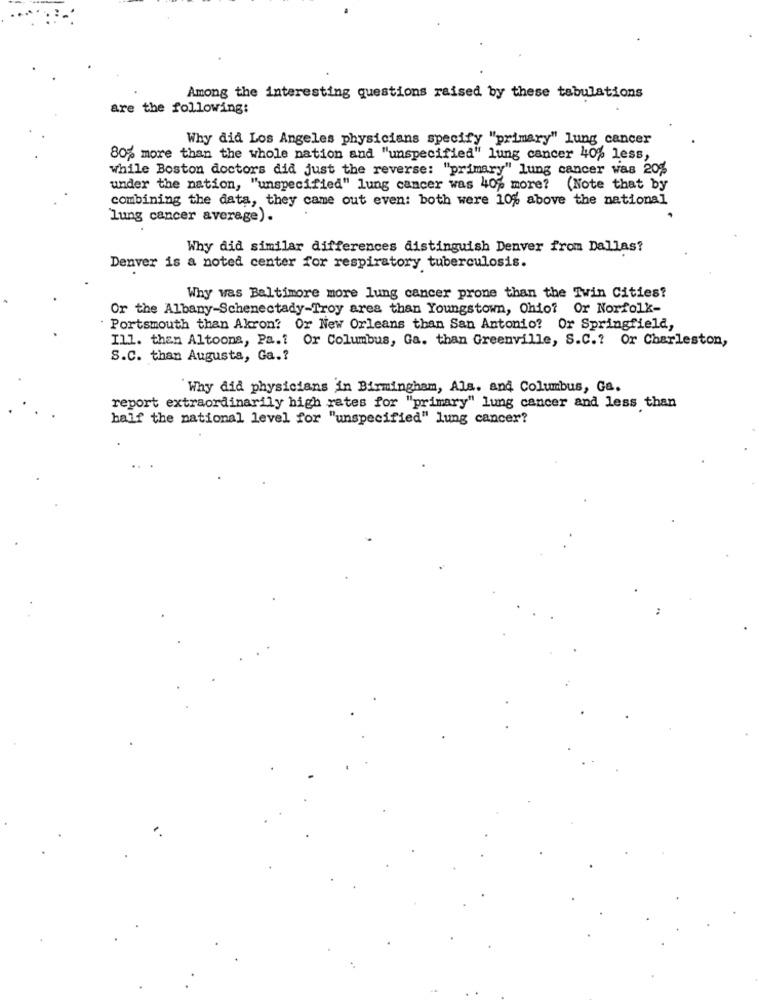
Among the interesting questions raised by these tabulations
are the following:
Why did Los Angeles physicians specify "primary" lung cancer
80% more than the whole nation and "unspecified" lung cancer 40% less,
while Boston doctors did just the reverse: "primary" lung cancer was 20%
under the nation, "unspecified" lung cancer was 40% more? (Note that by
combining the data, they came out even: both were 10% above the national
lung cancer average).
Why did similar differences distinguish Denver from Dallas?
Denver is a noted center for respiratory tuberculosis.
Why was Baltimore more lung cancer prone than the Twin Cities?
Or the Albany-Schenectady-Troy area than Youngstown, Ohio? Or Norfolk-
Portsmouth than Akron? Or New Orleans than San Antonio? Or Springfield,
Ill. then Altoona, Pa.1 Or Columbus, Ga. than Greenville, S.C .? Or Charleston,
S.C. than Augusta, Ga .?
Why did physicians in Birmingham, Als. and Columbus, Ga.
report extraordinarily high rates for "primary" lung cancer and less than
half the national level for "unspecified" lung cancer?